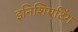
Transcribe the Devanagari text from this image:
इनिशिएटिंग